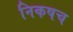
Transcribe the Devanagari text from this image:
निकषच